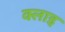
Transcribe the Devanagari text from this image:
क्लाइ